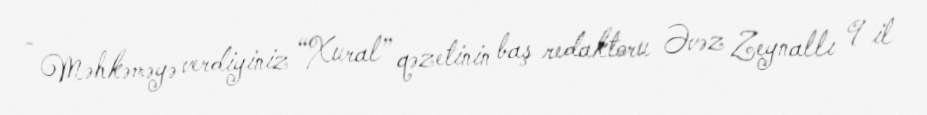
- Məhkəməyə verdiyiniz “Xural” qəzetinin baş redaktoru Əvəz Zeynallı 9 il